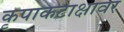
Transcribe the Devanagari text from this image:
कृपाकटाक्षावर